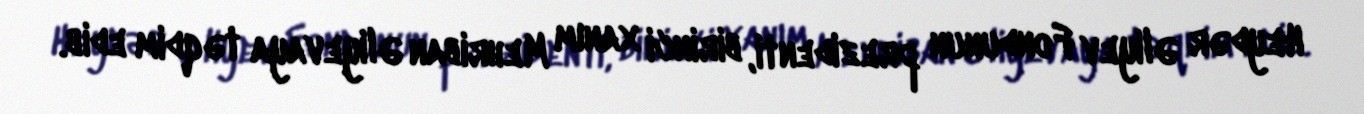
Heydər Əliyev Fondunun prezidenti, birinci xanım Mehriban Əliyevaya təqdim edib.